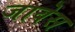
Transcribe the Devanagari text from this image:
जावेस